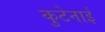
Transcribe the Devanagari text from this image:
कुटेनाई